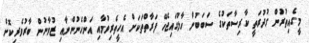
މީގެއިތުރުން ގުދުރަތީ ކާރިސާތަކުގެ ސަބަބުން ހާލުގައިޖެހޭ ފަރާތްތަކަށް އެހީތެރިވުމާއި އަންހެނުންނާއި ޒުވާނުން ބާރުވެރިކޮށް